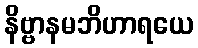
နိဗ္ဗာနမဘိဟာရယေ